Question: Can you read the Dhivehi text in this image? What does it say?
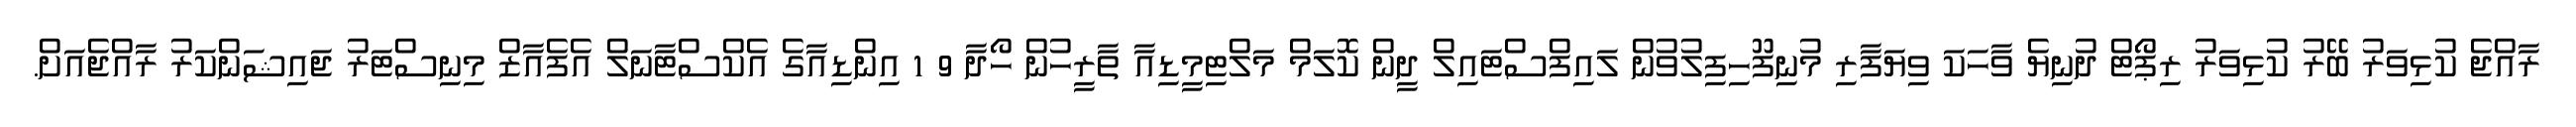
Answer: ރާއްޖެ ކުޅިވަރު ބޭރު ކުޅިވަރު ރިޕޯޓް ދުނިޔެ ވާހަކަ ވިޔަފާރި މުނިފޫހިފިލުވުން ލައިފްސްޓައިލް ދީން ކޮލަމް މަލްޓިމީޑިއާ ތާރީހުން ހޯދާ 9 1 އިންޑިއާގެ އެކްސްޓާނަލް އެފެއާޒް މިނިސްޓަރު ޖައިޝަންކަރު ރާއްޖެއަށް.